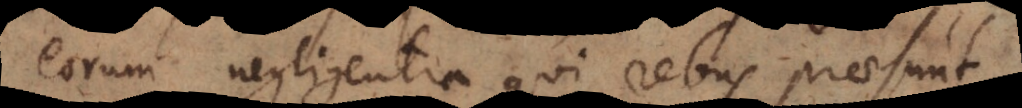
eorum negligentia qui rebus praesunt.